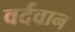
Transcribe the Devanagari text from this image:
वर्दवान